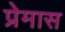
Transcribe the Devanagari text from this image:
प्रेमास